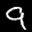
Label: 9